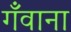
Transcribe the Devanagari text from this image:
गँवाना